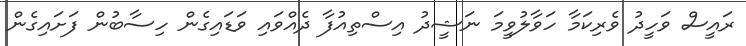
ރައީސް ވަހީދު ވެރިކަމާ ހަވާލުވީމަ ނަޝީދު އިސްތިއުފާ ދެއްވައި ވަޑައިގެން ހިސާބުން ފަށައިގެން